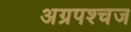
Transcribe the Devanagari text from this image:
अग्रपश्चज